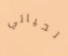
تحياتي